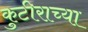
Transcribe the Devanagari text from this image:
कुटीराच्या